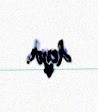
deyir.